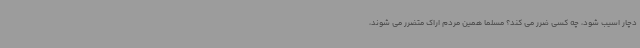
دچار اسیب شود، چه کسی ضرر می کند؟ مسلما همین مردم اراک متضرر می شوند،